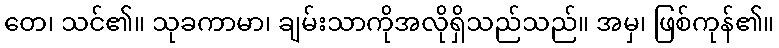
တေ၊ သင်၏။ သုခကာမာ၊ ချမ်းသာကိုအလိုရှိသည်သည်။ အမှ၊ ဖြစ်ကုန်၏။